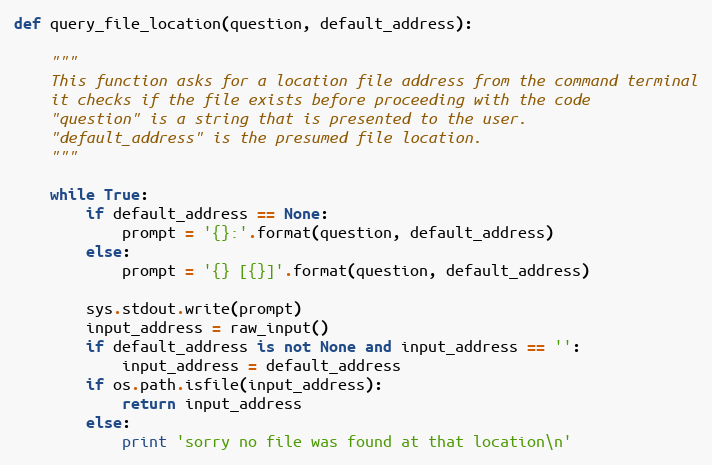
Language: Python
def query_file_location(question, default_address):

    """
    This function asks for a location file address from the command terminal
    it checks if the file exists before proceeding with the code
    "question" is a string that is presented to the user.
    "default_address" is the presumed file location.
    """

    while True:
        if default_address == None:
            prompt = '{}:'.format(question, default_address)
        else:
            prompt = '{} [{}]'.format(question, default_address)

        sys.stdout.write(prompt)
        input_address = raw_input()
        if default_address is not None and input_address == '':
            input_address = default_address
        if os.path.isfile(input_address):
            return input_address
        else:
            print 'sorry no file was found at that location\n'